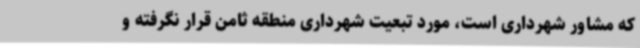
که مشاور شهرداری است، مورد تبعیت شهرداری منطقه ثامن قرار نگرفته و